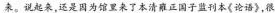
来。说起来，还是因为馆里来了本清雍正国子监刊本《论语》，很